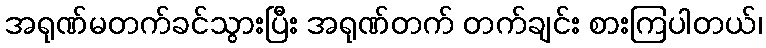
အရုဏ်မတက်ခင်သွားပြီး အရုဏ်တက် တက်ချင်း စားကြပါတယ်၊